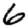
Digit: 6